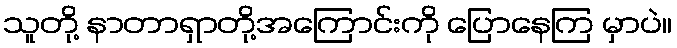
သူတို့ နာတာရှာတို့အကြောင်းကို ပြောနေကြ မှာပဲ။